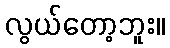
လွယ်တော့ဘူး။